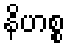
နိဟစ္စ